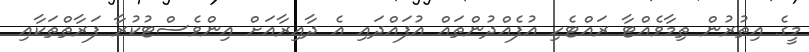
މީގެ އިތުރުން ތިމާވެއްޓާ ރައްޓެހި އުފެއްދުންތައް އުފައްދައި އެ ދާއިރާއަށް އިންވެސްޓުކުރާ ފަރާތްތަކާއި